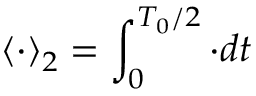
\left\langle \cdot \right\rangle _ { 2 } = \int _ { 0 } ^ { T _ { 0 } / 2 } \cdot d t